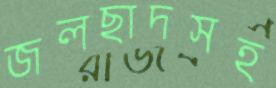
জলছাদসহ